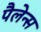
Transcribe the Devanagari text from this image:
पैलेन्स